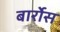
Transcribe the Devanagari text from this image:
बार्रोस